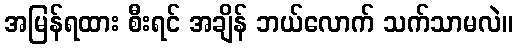
အမြန်ရထား စီးရင် အချိန် ဘယ်လောက် သက်သာမလဲ။